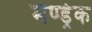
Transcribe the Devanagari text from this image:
मेण्ड्रेक